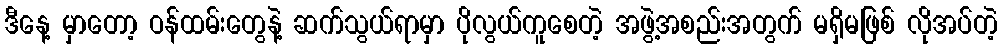
ဒီနေ့ မှာတော့ ဝန်ထမ်းတွေနဲ့ ဆက်သွယ်ရာမှာ ပိုလွယ်ကူစေတဲ့ အဖွဲ့အစည်းအတွက် မရှိမဖြစ် လိုအပ်တဲ့